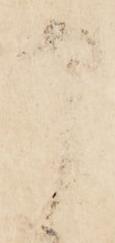
申